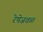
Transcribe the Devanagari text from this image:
रेषेजवळ